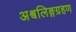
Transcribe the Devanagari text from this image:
अश्वलिङ्गग्रहण